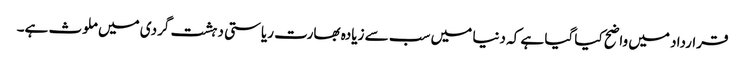
قرارداد میں واضح کیا گیا ہے کہ دنیا میں سب سے زیادہ بھارت ریاستی دہشت گردی میں ملوث ہے۔